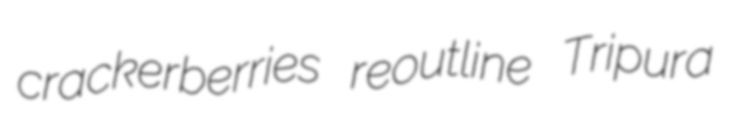
crackerberries reoutline Tripura